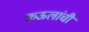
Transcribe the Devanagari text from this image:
कऊलांची